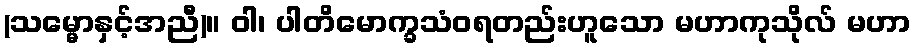
(သမ္မောနှင့်အညီ)။ ဝါ၊ ပါတိမောက္ခသံဝရတည်းဟူသော မဟာကုသိုလ် မဟာ